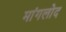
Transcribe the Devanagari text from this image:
मांगलोद